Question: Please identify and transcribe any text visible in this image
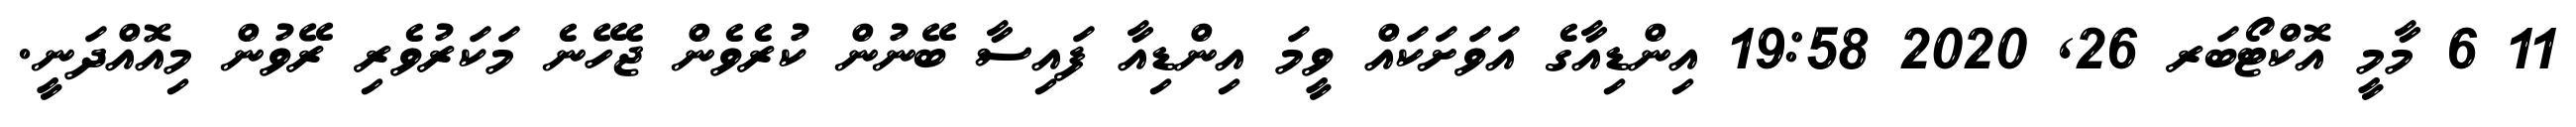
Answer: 11 6 މާމީ އޮކްޓޯބަރ 26, 2020 19:58 އިންޑިއާގެ އަވަށަކައް ވީމަ އިންޑިއާ ފައިސާ ބޭނުން ކުރެވެން ޖެހޭނެ މަކަރުވެރި ރޭވުން މިއޮއްދަނީ.